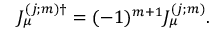
J _ { \mu } ^ { ( j ; m ) \dag } = ( - 1 ) ^ { m + 1 } J _ { \mu } ^ { ( j ; m ) } .